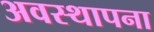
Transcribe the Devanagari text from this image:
अवस्‍थापना